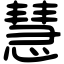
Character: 慧